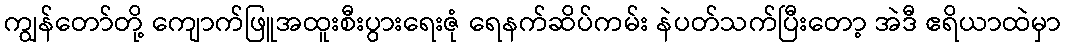
ကျွန်တော်တို့ ကျောက်ဖြူအထူးစီးပွားရေးဇုံ ရေနက်ဆိပ်ကမ်း နဲပတ်သက်ပြီးတော့ အဲဒီ ဧရိယာထဲမှာ